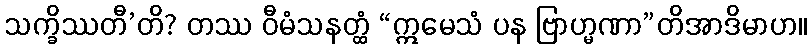
သက္ခိဿတီ’တိ? တဿ ဝီမံသနတ္ထံ “ဣမေသံ ပန ဗြာဟ္မဏာ”တိအာဒိမာဟ။